Lunatic asylums Central Provinces reports 1895-1909 - 1895-1909
Year: 1895
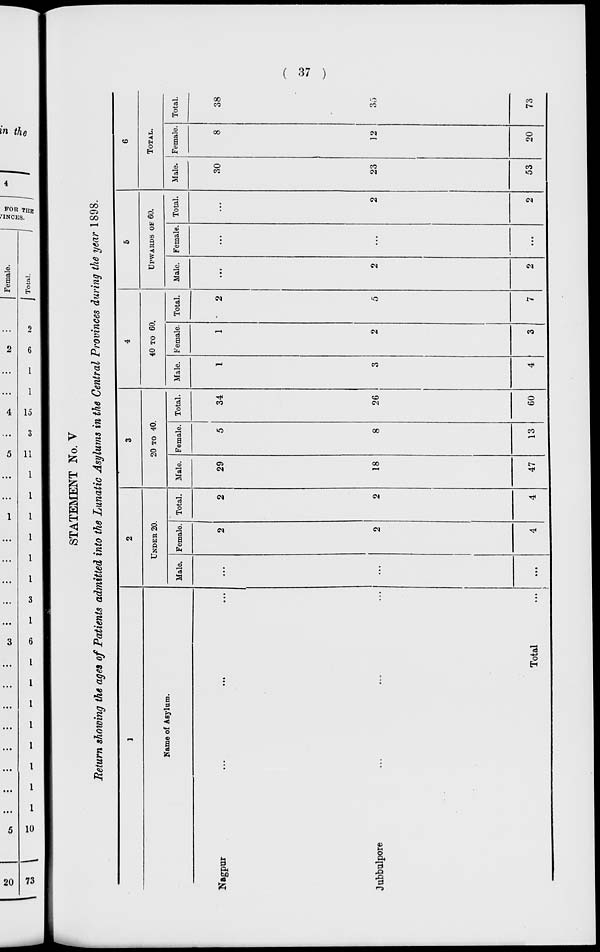
( 37 )
STATEMENT No. V
Return showing the ages of Patients admitted into the Lunatic Asylums in the Central Provinces during the year 1898.
1
Name of Asylum.
Nagpur ... ... ...
Jubbulpore ... ... ...
Total ...
2
UNDER 20.
Male.
...
...
...
Female.
2
2
4
Total.
2
2
4
3
20 TO 40.
Male.
29
18
47
Female.
5
8
13
Total.
34
26
60
4
40 TO 60.
Male.
1
3
4
Female.
1
2
3
Total.
2
5
7
5
UPWARDS OF 60.
Male.
...
2
2
Female.
...
...
...
Total.
...
2
2
6
TOTAL.
Male.
30
23
53
Female.
8
12
20
Total.
38
35
73